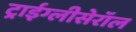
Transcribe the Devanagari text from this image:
ट्राईग्लीसेरॉल